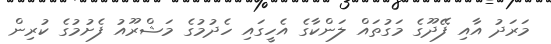
މަރަދު އާއި ފޭދޫގެ މަގުތައް ލަންކާގެ އެހީގައި ހެދުމުގެ މަޝްރޫއު ފެށުމުގެ ކުރިން